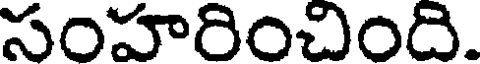
సంహరించింది.